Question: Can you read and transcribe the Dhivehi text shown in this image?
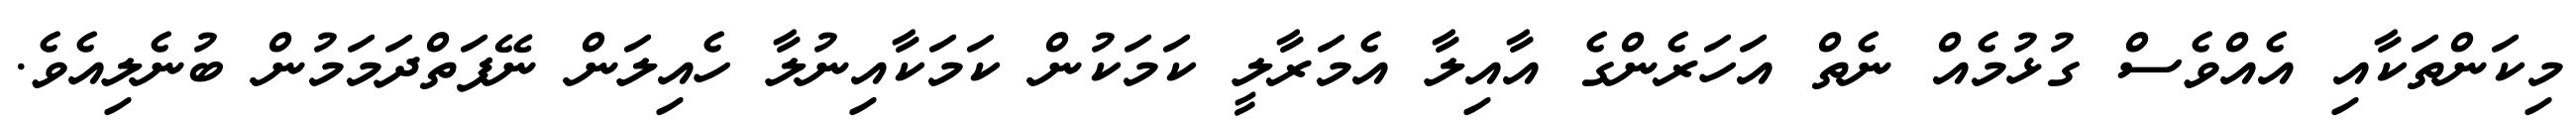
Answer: މިކަންތަކާއި އެއްވެސް ގުޅުމެއް ނެތް އަހަރެންގެ އާއިލާ އެމަރާލީ ކަމަކުން ކަމަކާއިނުލާ ހެއިލަން ނޭފަތްދަމަމުން ބުނެލިއެވެ.